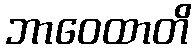
ဘာဝေထာတိ